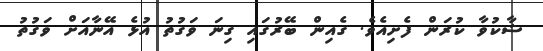
ޝާކުވާ ކުރަން ފެށިއެވެ. ގެއިން ބޭރުގައި ގިނަ ވަގުތު އުޅެ އޭނާއަށް ވަގުތު